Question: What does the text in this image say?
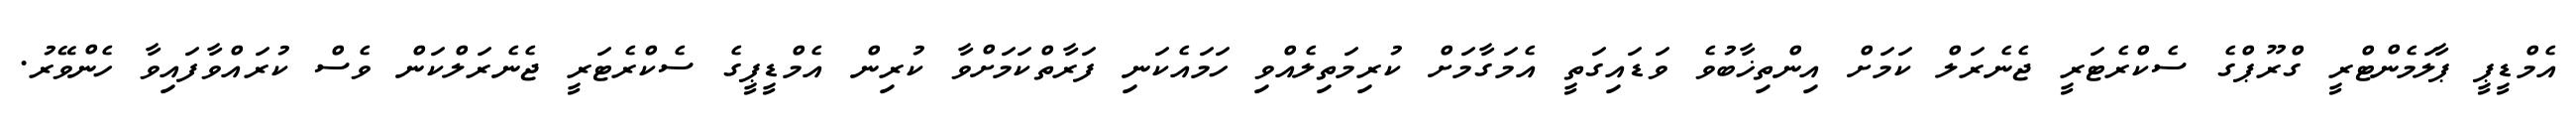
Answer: އެމްޑީޕީ ޕާލަމެންޓްރީ ގްރޫޕްގެ ސެކްރެޓަރީ ޖެނެރަލް ކަމަށް އިންތިޚާބުވެ ވަޑައިގަތީ އެމަގާމަށް ކުރިމަތިލެއްވި ހަމައެކަނި ފަރާތްކަމަށްވާ ކުރިން އެމްޑީޕީގެ ސެކްރެޓަރީ ޖެނެރަލްކަން ވެސް ކުރައްވާފައިވާ ހެންވޭރު.